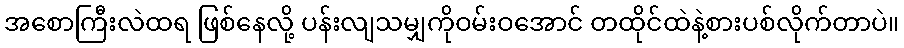
အစောကြီးလဲထရ ဖြစ်နေလို့ ပန်းလျသမျှကိုဝမ်းဝအောင် တထိုင်ထဲနဲ့စားပစ်လိုက်တာပဲ။